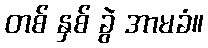
တစ် နှစ် ခွဲ အာမခံ။